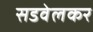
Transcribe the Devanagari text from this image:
सडवेलकर